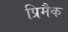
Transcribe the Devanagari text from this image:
प्रिमैक